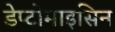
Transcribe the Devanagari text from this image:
डेप्टोमाइसिन